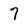
Character: 7